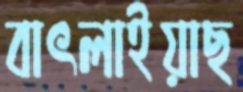
বাৎলাইয়াছ